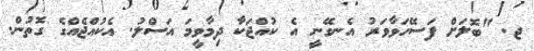
ޖ. "ބޮލަށް ފަސޭހަވާވަރު އެނގޭނީ އެ ކުއްޖަކާ ދިމާވީމަ އަސްލު. އެކުއްޖެއްގެ ގޮތުން.